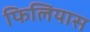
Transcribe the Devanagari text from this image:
फिलियास